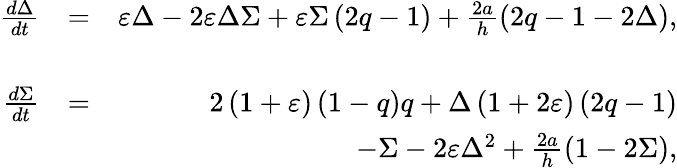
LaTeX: \begin{array}{rlr}{\frac{d\Delta}{dt}}&{=}&{\varepsilon\Delta-2\varepsilon\Delta\Sigma+\varepsilon\Sigma\left(2q-1\right)+\frac{2a}{h}\left(2q-1-2\Delta\right),}\\ &{}&\\ {\frac{d\Sigma}{dt}}&{=}&{2\left(1+\varepsilon\right)\left(1-q\right)q+\Delta\left(1+2\varepsilon\right)\left(2q-1\right)}\\ &{}&{-\Sigma-2\varepsilon\Delta^{2}+\frac{2a}{h}\left(1-2\Sigma\right),}\end{array}